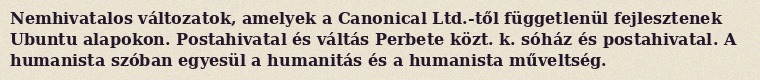
Nemhivatalos változatok, amelyek a Canonical Ltd.-től függetlenül fejlesztenek Ubuntu alapokon. Postahivatal és váltás Perbete közt. k. sóház és postahivatal. A humanista szóban egyesül a humanitás és a humanista műveltség.